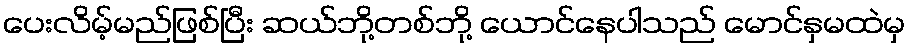
ပေးလိမ့်မည်ဖြစ်ပြီး ဆယ်ဘို့တစ်ဘို့ ယောင်နေပါသည် မောင်နှမထဲမှ